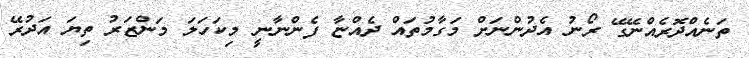
ތަނެއްދޮރެއްނޭގޭ ރޯނު އެދުންނަށް މަގާމުތައް ދެއްޏާ ފެންނާނީ މިކަހަލަ މަންޒަރު ތިޔަ އަދުރޭ